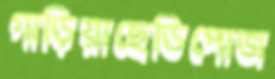
গাড়িয়াছেডিপোজ